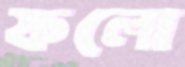
ফলো